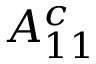
A _ { 1 1 } ^ { c }